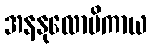
အနနုလောမိကာယ